Bombay plague: being a history of the progress of plague in the Bombay presidency from September 1896 to June 1899
Year: 1896
Disease focus: Plague
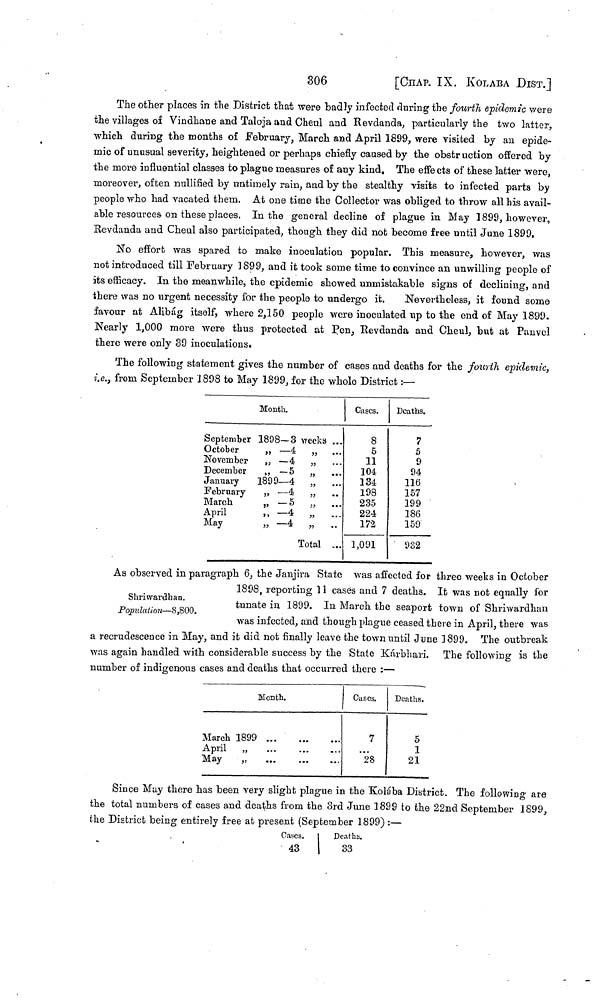
306
[CHAP. IX. KOLABA DIST.]
The otter places in the District that were badly infected during the fourth epidemic were
the villages of Vindhane and Taloja and Cheul and Revdanda, particularly the two latter,
which during the months of February, March and April 1899, were visited by an epide-
mic of unusual severity, heightened or perhaps chiefly caused by the obstr uction offered by
the more influential classes to plague measures of any kind. The effects of these latter were,
moreover, often nullified by untimely rain, and by the stealthy visits to infected parts by
people who had vacated them. At one time the Collector was obliged to throw all his avail-
able resources on these places. In the general decline of plague in May 1899, however,
Revdanda and Cheul also participated, though they did not become free until June 1899.
No effort was spared to make inoculation popular. This measure, however, was
not introduced till February 1899, and it took some time to convince an unwilling people of
its efficacy. In the meanwhile, the epidemic showed unmistakable signs of declining, and
there was no urgent necessity for the people to undergo it.
Nevertheless, it found some
favour at Alibág itself, where 2,150 people wore inoculated up to the end of May 1899.
Nearly 1,000 more were thus protected at Pen, Revdanda and Cheul, but at Panvel
there were only 39 inoculations.
The following statement gives the number of cases and deaths for the fourth epidemic,
i.e., from September 1898 to May 1899, for the whole District :—
Month.
September 1898—3 weeks ...
October
,,
— 4 „
November ,, — 4 „
December ,, —5
January
1899—4 ,,
February ,, — 4 ,,
March
,,
—5 ,,
April
,,
—4 ,,
May
,,
—4 ,,
Total ...
Cases.
8
5
11
104
134
198
235
224
172
1,091
Deaths.
7
5
9
94
116
157
199
186
159
932
Shriwardhan.
Population—8,800.
As observed in paragraph 6, the Janjira State was affected for three weeks in October
1898, reporting 11 cases and 7 deaths. It was not equally for
tunate in 1899. In March the seaport town of Shriwardhan
was infected, and though plague ceased there in April, there was
a recrudescence in May, and it did not finally leave the town until June 1899. The outbreak
was again handled with considerable success by the State Kárbhari. The following is the
number of indigenous cases and deaths that occurred there :—
Month.
March 1899
...
April
„
May
„
Cases.
7
28
Deaths.
5
1
21
Since May there has been very slight plague in the Kolába District. The following are
the total numbers of cases and deaths from the 3rd June 1899 to the 22nd September 1899,
the District being entirely free at present (September 1899) :—
Cases.
43
Deaths.
33